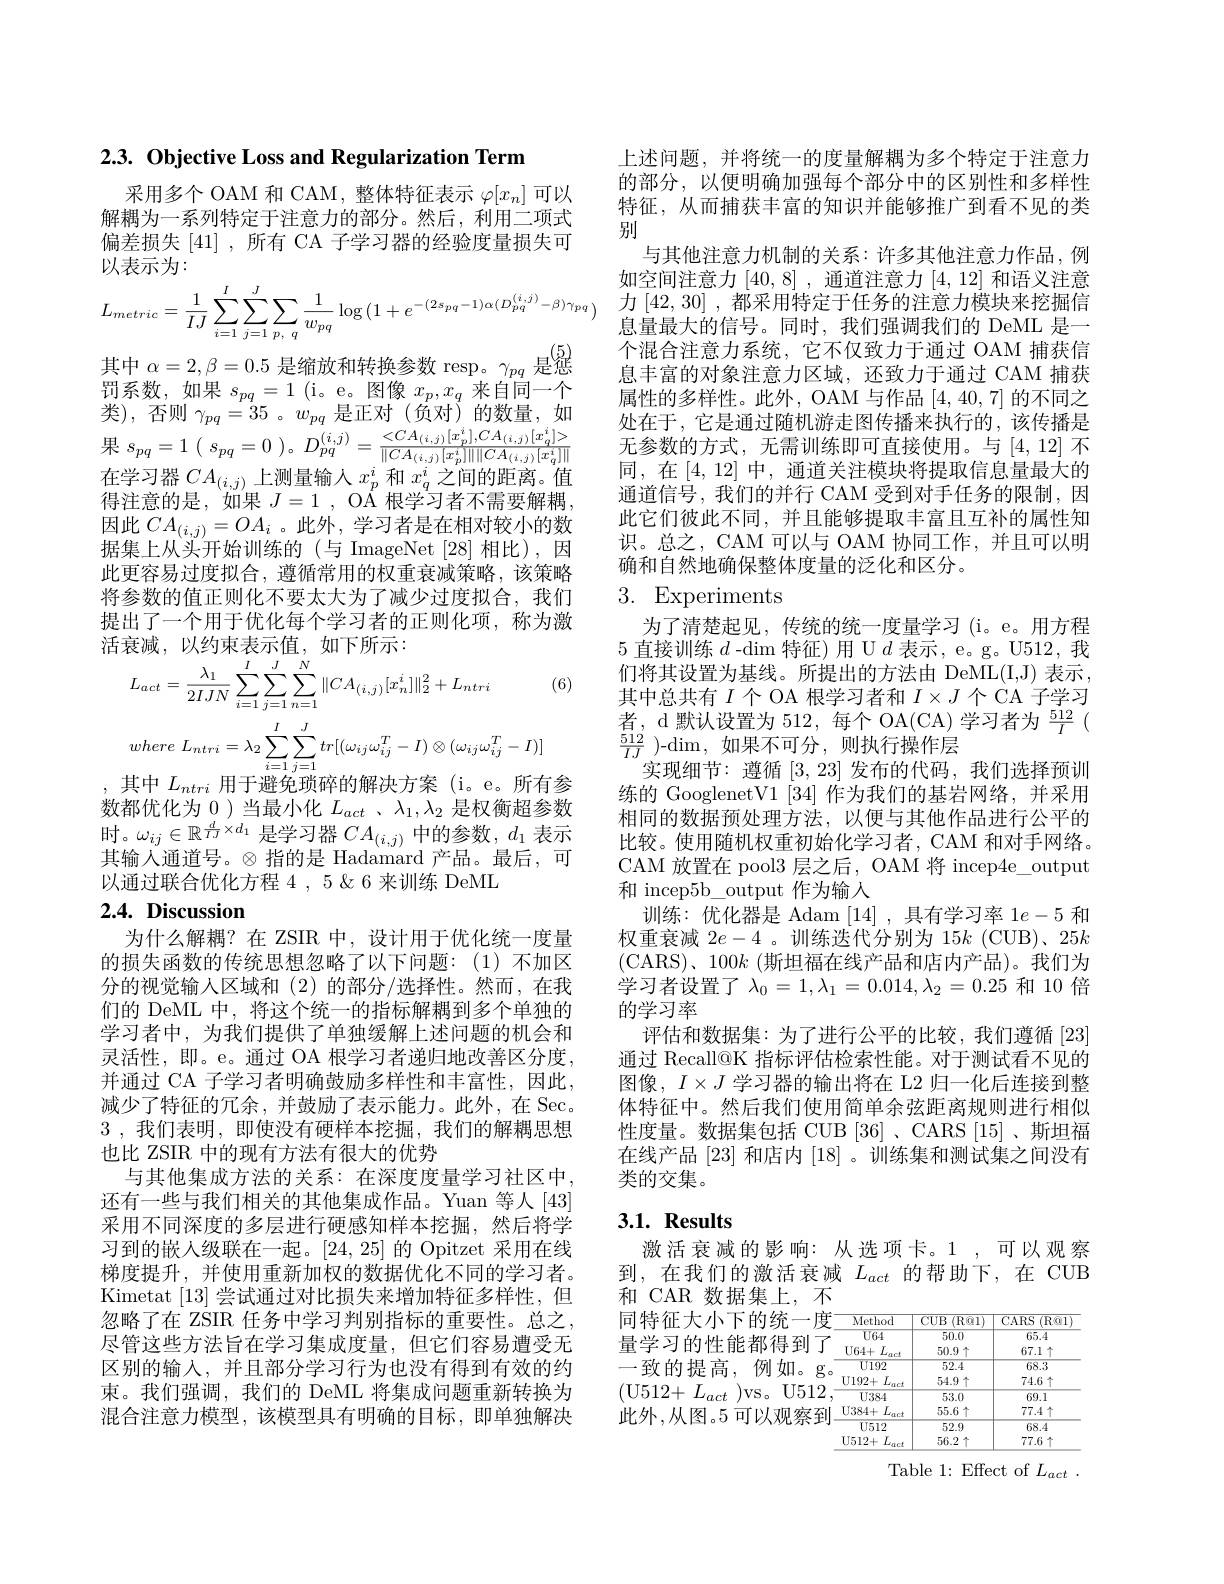
$2. 3. \textbf{ Objective Loss and Regularization Term}$

采用多个 OAM 和 CAM , 整体特征表示$\varphi[x_n]$可以解耦为一系列特定于注意力的部分。然后，利用二项式偏差损失[41] ,所有 CA 子学习器的经验度量损失可以表示为：
$$L_{metric}=\frac{1}{IJ}\sum_{i=1}^{I}\sum_{j=1}^{J}\sum_{p,\:q}\frac{1}{w_{pq}}\log{(1+e^{-(2s_{pq}-1)\alpha(D_{pq}^{(i,j)}-\beta)\gamma_{pq}})}$$
其 中 $\alpha = 2, \beta = 0. 5$ 是 缩 放 和 转 换 参 数 resp。$\gamma _{pq}$ 是 惩 罚 系 数 , 如 果 $s_{pq}= 1$ ( i。e。图 像 $x_{p}, x_{q}$ 来 自 同 一 个

类), 否则$\gamma_{pq}=35$ 。$w_{pq}$是正对(负对)的数量，如果$s_{pq}= 1$ ( $s_{pq}= 0$ $) 。D_{pq}^{( i, j) }= \frac {< CA_{( i, j) }[ x_{p}^{i}] , CA_{( i, j) }[ x_{q}^{i}] > }{\| CA_{( i, j) }[ x_{p}^{i}] \| \| CA_{( i, j) }[ x_{q}^{i}] \| }$ $\begin{array}{l}\text{在学习器 }CA_{(i,j)}\text{上测量输入 }x_p^i\text{ 和 }x_q^i\text{ 之间的距离。值}\\\text{得注意的是，如果 }J=1,\text{ OA 根学习者不需要解耦},\end{array}$ 因此$CA_{(i,j)}=OA_i$ 。此外，学习者是在相对较小的数据集上从头开始训练的(与 ImageNet [28]相比),因此更容易过度拟合，遵循常用的权重衰减策略，该策略将参数的值正则化不要太大为了减少过度拟合，我们提出了一个用于优化每个学习者的正则化项，称为激活衰减，以约束表示值，如下所示：
$$L_{act}=\frac{\lambda_{1}}{2IJN}\sum_{i=1}^{I}\sum_{j=1}^{J}\sum_{n=1}^{N}\|CA_{(i,j)}[x_{n}^{i}]\|_{2}^{2}+L_{ntri}$$
(6)
$$where\:L_{ntri}=\lambda_{2}\sum_{i=1}^{I}\sum_{j=1}^{J}tr[(\omega_{ij}\omega_{ij}^{T}-I)\otimes(\omega_{ij}\omega_{ij}^{T}-I)]$$
,其中$L_ntri$用于避免琐碎的解决方案(i。e。所有参数都优化为0 )当最小化$L_act$ 、$\lambda_1,\lambda_2$是权衡超参数其输人通道号。$\otimes$指的是 Hadamard 产品。最后，可以通过联合优化方程 4 5 &6 来训练 DeML

## $2. 4. \textbf{ Discussion}$

为什么解耦？在 ZSIR 中，设计用于优化统一度量的损失函数的传统思想忽略了以下问题：(1)不加区分的视觉输入区域和(2)的部分/选择性。然而，在我们的 DeML 中，将这个统一的指标解耦到多个单独的学习者中，为我们提供了单独缓解上述问题的机会和灵活性，即。e。通过 OA 根学习者递归地改善区分度， 并通过 CA 子学习者明确鼓励多样性和丰富性，因此， 减少了特征的冗余，并鼓励了表示能力。此外，在 Sec. 3 , 我们表明 , $即 使 没 有 硬 样 本 挖 掘 , 我 们 的 解 耦 思 想$ 也比 ZSIR 中的现有方法有很大的优势
与其他集成方法的关系：在深度度量学习社区中， 还有一些与我们相关的其他集成作品。Yuan 等人[43] 采用不同深度的多层进行硬感知样本挖掘，然后将学习到的嵌人级联在一起。[24,25]的 Opitzet 采用在线梯度提升，并使用重新加权的数据优化不同的学习者。Kimetat [13]尝试通过对比损失来增加特征多样性，但忽略了在 ZSIR 任务中学习判别指标的重要性。总之， 尽管这些方法旨在学习集成度量，但它们容易遭受无区别的输入，并且部分学习行为也没有得到有效的约束。我们强调，我们的 DeML 将集成问题重新转换为混合注意力模型，该模型具有明确的目标，即单独解决

上述问题，并将统一的度量解耦为多个特定于注意力的部分，以便明确加强每个部分中的区别性和多样性特征，从而捕获丰富的知识并能够推广到看不见的类别
与其他注意力机制的关系：许多其他注意力作品，例如空间注意力[40,8] ,通道注意力[4,12]和语义注意力[42,30],都采用特定于任务的注意力模块来挖掘信息量最大的信号。同时，我们强调我们的 DeML 是一个混合注意力系统，它不仅致力于通过 OAM 捕获信息丰富的对象注意力区域，还致力于通过 CAM 捕获属性的多样性。此外，OAM 与作品[4,40,7]的不同之处在于，它是通过随机游走图传播来执行的，该传播是无参数的方式，无需训练即可直接使用。与[4,12] 不同，在[4,12] 中，通道关注模块将提取信息量最大的通道信号，我们的并行 CAM 受到对手任务的限制，因此它们彼此不同，并且能够提取丰富且互补的属性知识。总之，CAM 可以与 OAM 协同工作，并且可以明确和自然地确保整体度量的泛化和区分。
3. Experiments

为了清楚起见，传统的统一度量学习 (i。e。用方程5直接训练$d$ -$\dim$特征)用 U$d$表示，e。g。U512, 我们将其设置为基线。所提出的方法由 DeML(I,J) 表示， 其中总共有$I$个 OA 根学习者和$I\times J$个 CA 子学习者，d 默认设置为 512, 每个 OA(CA) 学习者为$\frac{512}I$ ( $\frac{512}{IJ}$ )-dim,如果不可分，则执行操作层
实现细节：遵循[3,23]发布的代码，我们选择预训练的 GooglenetV1 [34] 作为我们的基岩网络，并采用相同的数据预处理方法，以便与其他作品进行公平的比较。使用随机权重初始化学习者，CAM 和对手网络。CAM 放置在 pool3 层之后，OAM 将 incep4e\_output 和 incep5b\_output 作为输入
训练：优化器是 Adam [14],具有学习率$1e-5$和权重衰减$2e-4$ 。训练迭代分别为 15$k$ (CUB)、25$k$ (CARS)、100k (斯坦福在线产品和店内产品)。我们为学习者设置了$\lambda_0=1,\lambda_1=0.014,\lambda_2=0.25$和 10 倍的学习率
评估和数据集：为了进行公平的比较，我们遵循[23] 通过 Recall@K 指标评估检索性能。对于测试看不见的图像，$I\times J$学习器的输出将在 L2 归一化后连接到整体特征中。然后我们使用简单余弦距离规则进行相似性度量。数据集包括 CUB [36] 、CARS [15] 、斯坦福在线产品[23]和店内[18] 。训练集和测试集之间没有类的交集。

### $3. 1. \textbf{Results}$

激活衰减的影响：从选项卡。1,可以观察到，在我们的激活衰减$L_act$的帮助下，在 CUB 和 CAR 数据集上，不同特征大小下的统一度] 量学习的性能都得到了一致的提高，例如。g (U512+$L_act$)vs。U512, 此外，从图。5可以观察到

<table>
	<tbody>
		<tr>
			<td>$\overline{U64}$</td>
			<td>50.0</td>
			<td>65.4</td>
		</tr>
		<tr>
			<td>$\overline{U64}$ $U64+$ $L_{act}$</td>
			<td>50.0 $50.9\uparrow$</td>
			<td>65.4 $67.1\uparrow$</td>
		</tr>
		<tr>
			<td>$L_{act}$ $U64+$</td>
			<td>$50.9\uparrow$</td>
			<td>$67.1\uparrow$</td>
		</tr>
		<tr>
			<td>$\overline{U192}$</td>
			<td>52.4</td>
			<td>68.3</td>
		</tr>
		<tr>
			<td>$\overline{\text{U384}}$</td>
			<td>53.0</td>
			<td>69.1</td>
		</tr>
		<tr>
			<td>$L_{act}$ $U384+$</td>
			<td>$55.6\uparrow$</td>
			<td>$77.4\uparrow$</td>
		</tr>
	</tbody>
</table>

Table 1: Effect of $L_act~.$